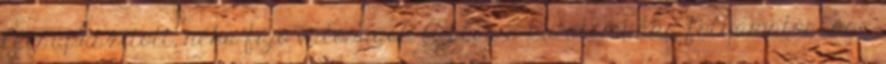
lecsupaszított, néha fájó valóságot. A blog a kutatómunka folyamatossága